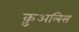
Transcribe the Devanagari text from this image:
क़ुअलिस